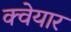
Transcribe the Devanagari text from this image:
क्वेयार